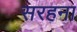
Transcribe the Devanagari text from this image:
सरहना